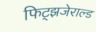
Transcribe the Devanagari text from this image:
फिट्झजेराल्ड